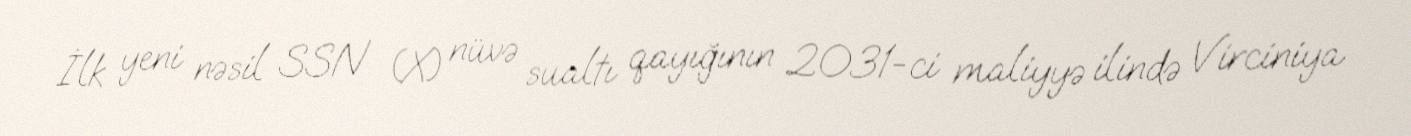
İlk yeni nəsil SSN (X) nüvə sualtı qayığının 2031-ci maliyyə ilində Virciniya